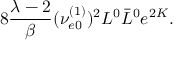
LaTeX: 8 \frac { \lambda - 2 } { \beta } ( \nu _ { e 0 } ^ { ( 1 ) } ) ^ { 2 } L ^ { 0 } \bar { L } ^ { 0 } e ^ { 2 K } .